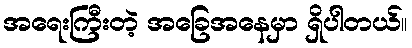
အရေးကြီးတဲ့ အခြေအနေမှာ ရှိပါတယ်။